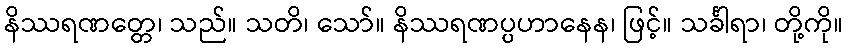
နိဿရဏတ္တေ၊ သည်။ သတိ၊ သော်။ နိဿရဏပ္ပဟာနေန၊ ဖြင့်။ သင်္ခါရာ၊ တို့ကို။